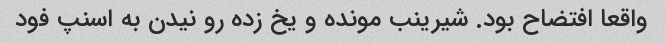
واقعا افتضاح بود. شیرینب مونده و یخ زده رو نیدن به اسنپ فود